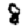
Digit: 8